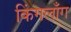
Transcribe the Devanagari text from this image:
किंगलाँग